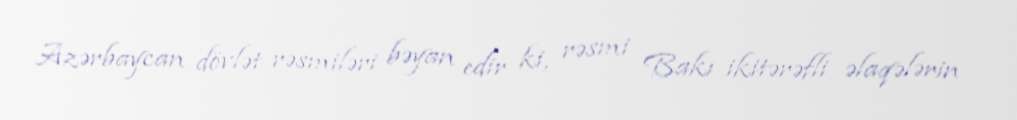
Azərbaycan dövlət rəsmiləri bəyan edir ki, rəsmi Bakı ikitərəfli əlaqələrin